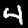
Digit: 4